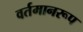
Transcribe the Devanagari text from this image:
वर्तमानरूप